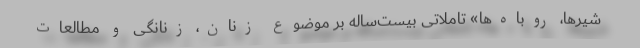
شیرها، روباه‌ها» تاملاتی بیست‌ساله بر موضوع زنان، زنانگی و مطالعات